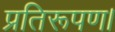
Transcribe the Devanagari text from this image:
प्रतिरूपण।